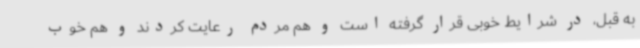
به قبل، در شرایط خوبی قرار گرفته است و هم مردم رعایت کردند و هم خوب